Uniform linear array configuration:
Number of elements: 16
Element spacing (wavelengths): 0.75
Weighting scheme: cosine
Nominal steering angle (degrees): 0
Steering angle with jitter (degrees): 0.1182
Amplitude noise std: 0.05
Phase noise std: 0.05

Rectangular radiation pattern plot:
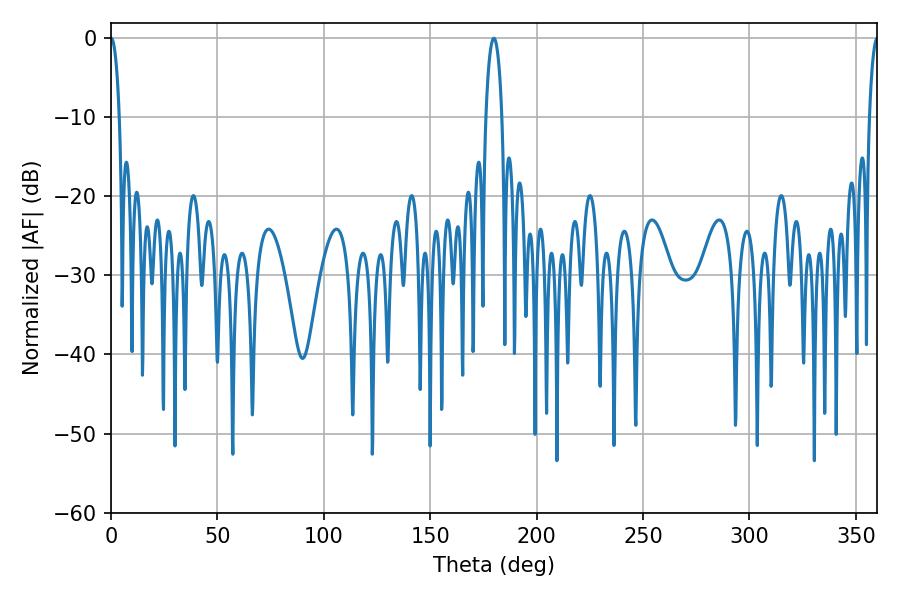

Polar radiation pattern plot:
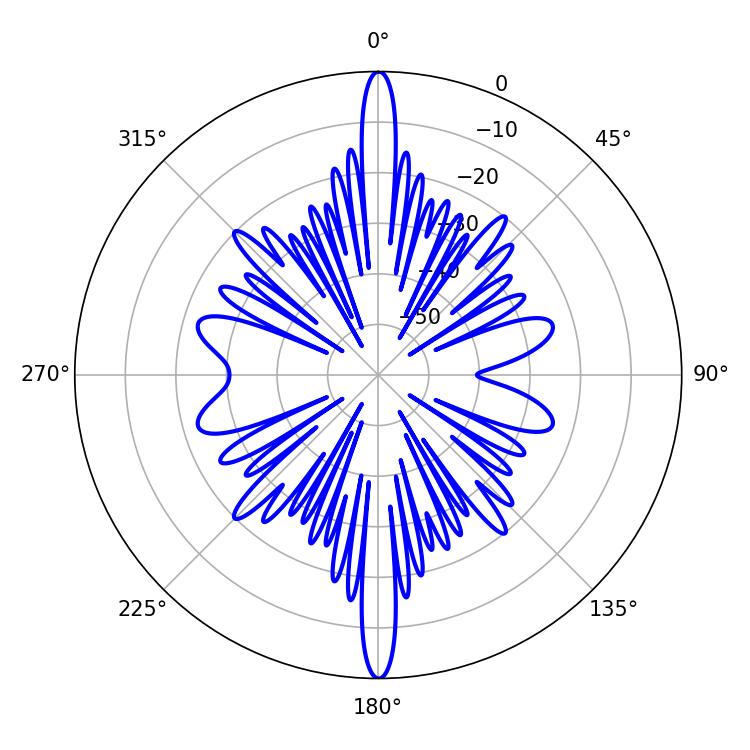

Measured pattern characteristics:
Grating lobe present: TRUE
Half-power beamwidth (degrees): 4.14
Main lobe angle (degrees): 179.82